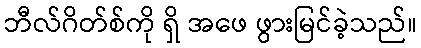
ဘီလ်ဂိတ်စ်ကို ရှိ အဖေ ဖွားမြင်ခဲ့သည်။